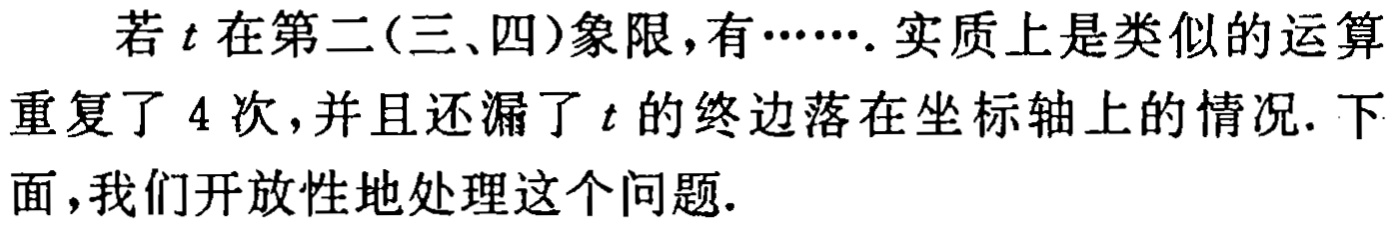
若\(t\)在第二(三、四)象限，有……. 实质上是类似的运算重复了 \(4\) 次，并且还漏了 \(t\) 的终边落在坐标轴上的情况. 下面，我们开放性地处理这个问题.